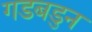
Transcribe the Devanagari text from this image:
गडबडुन